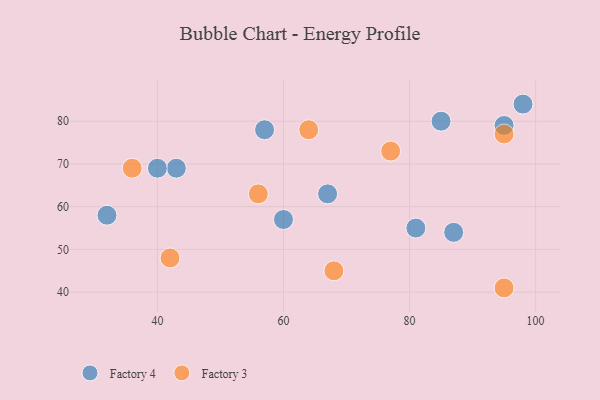
{"axis": {"x": "GDP", "y": "Life Expectancy"}, "legend": ["Factory 3", "Factory 4"], "data": [{"x": "81", "y": 55, "type": "Factory 4"}, {"x": "57", "y": 78, "type": "Factory 4"}, {"x": "98", "y": 84, "type": "Factory 4"}, {"x": "32", "y": 58, "type": "Factory 4"}, {"x": "95", "y": 79, "type": "Factory 4"}, {"x": "43", "y": 69, "type": "Factory 4"}, {"x": "87", "y": 54, "type": "Factory 4"}, {"x": "67", "y": 63, "type": "Factory 4"}, {"x": "40", "y": 69, "type": "Factory 4"}, {"x": "60", "y": 57, "type": "Factory 4"}, {"x": "85", "y": 80, "type": "Factory 4"}, {"x": "77", "y": 73, "type": "Factory 3"}, {"x": "95", "y": 77, "type": "Factory 3"}, {"x": "42", "y": 48, "type": "Factory 3"}, {"x": "68", "y": 45, "type": "Factory 3"}, {"x": "64", "y": 78, "type": "Factory 3"}, {"x": "36", "y": 69, "type": "Factory 3"}, {"x": "95", "y": 41, "type": "Factory 3"}, {"x": "56", "y": 63, "type": "Factory 3"}]}